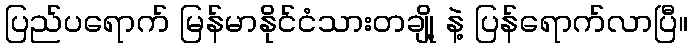
ပြည်ပရောက် မြန်မာနိုင်ငံသားတချို့ နဲ့ ပြန်ရောက်လာပြီ။